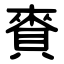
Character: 賚